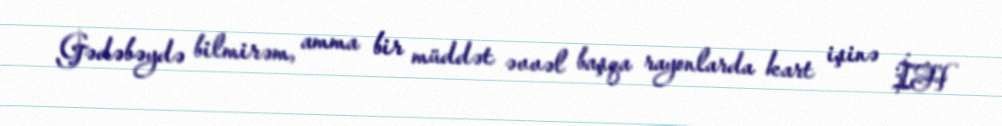
Gədəbəydə bilmirəm, amma bir müddət əvvəl başqa rayonlarda kart işinə İH